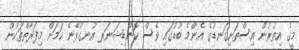
މީގެ އިތުރުން އިސްތަށިގަނޑުގެ އެންމެ ބުޑުގައި ވެސް ކޮންޑިޝަނަރ އުނގުޅޭނެ ކަމަށް މިފަރާތްތަކުން